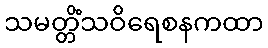
သမတ္တိံသဝိရေစနကထာ